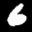
Label: 6